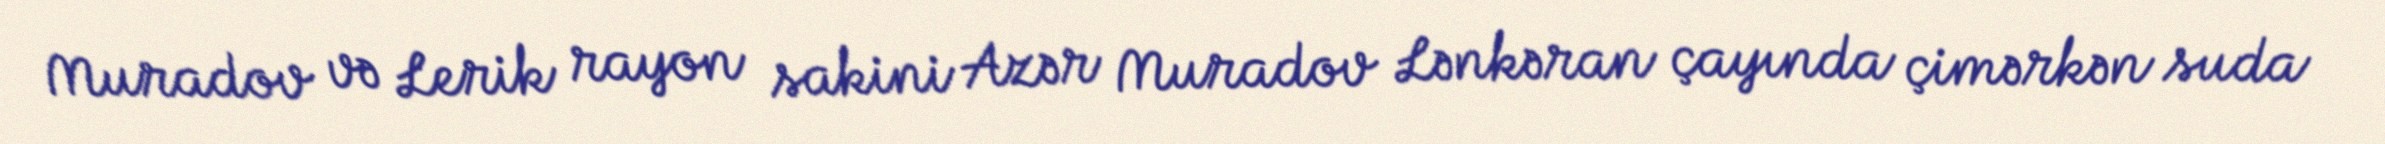
Muradov və Lerik rayon sakini Azər Muradov Lənkəran çayında çimərkən suda